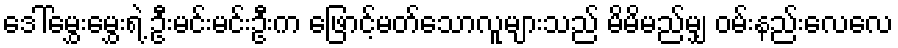
ဒေါ်မွှေးမွှေးရဲ့ ဦးမင်းမင်းဦးက ဖြောင့်မတ်သောလူများသည် မိမိမည်မျှ ဝမ်းနည်းလေလေ